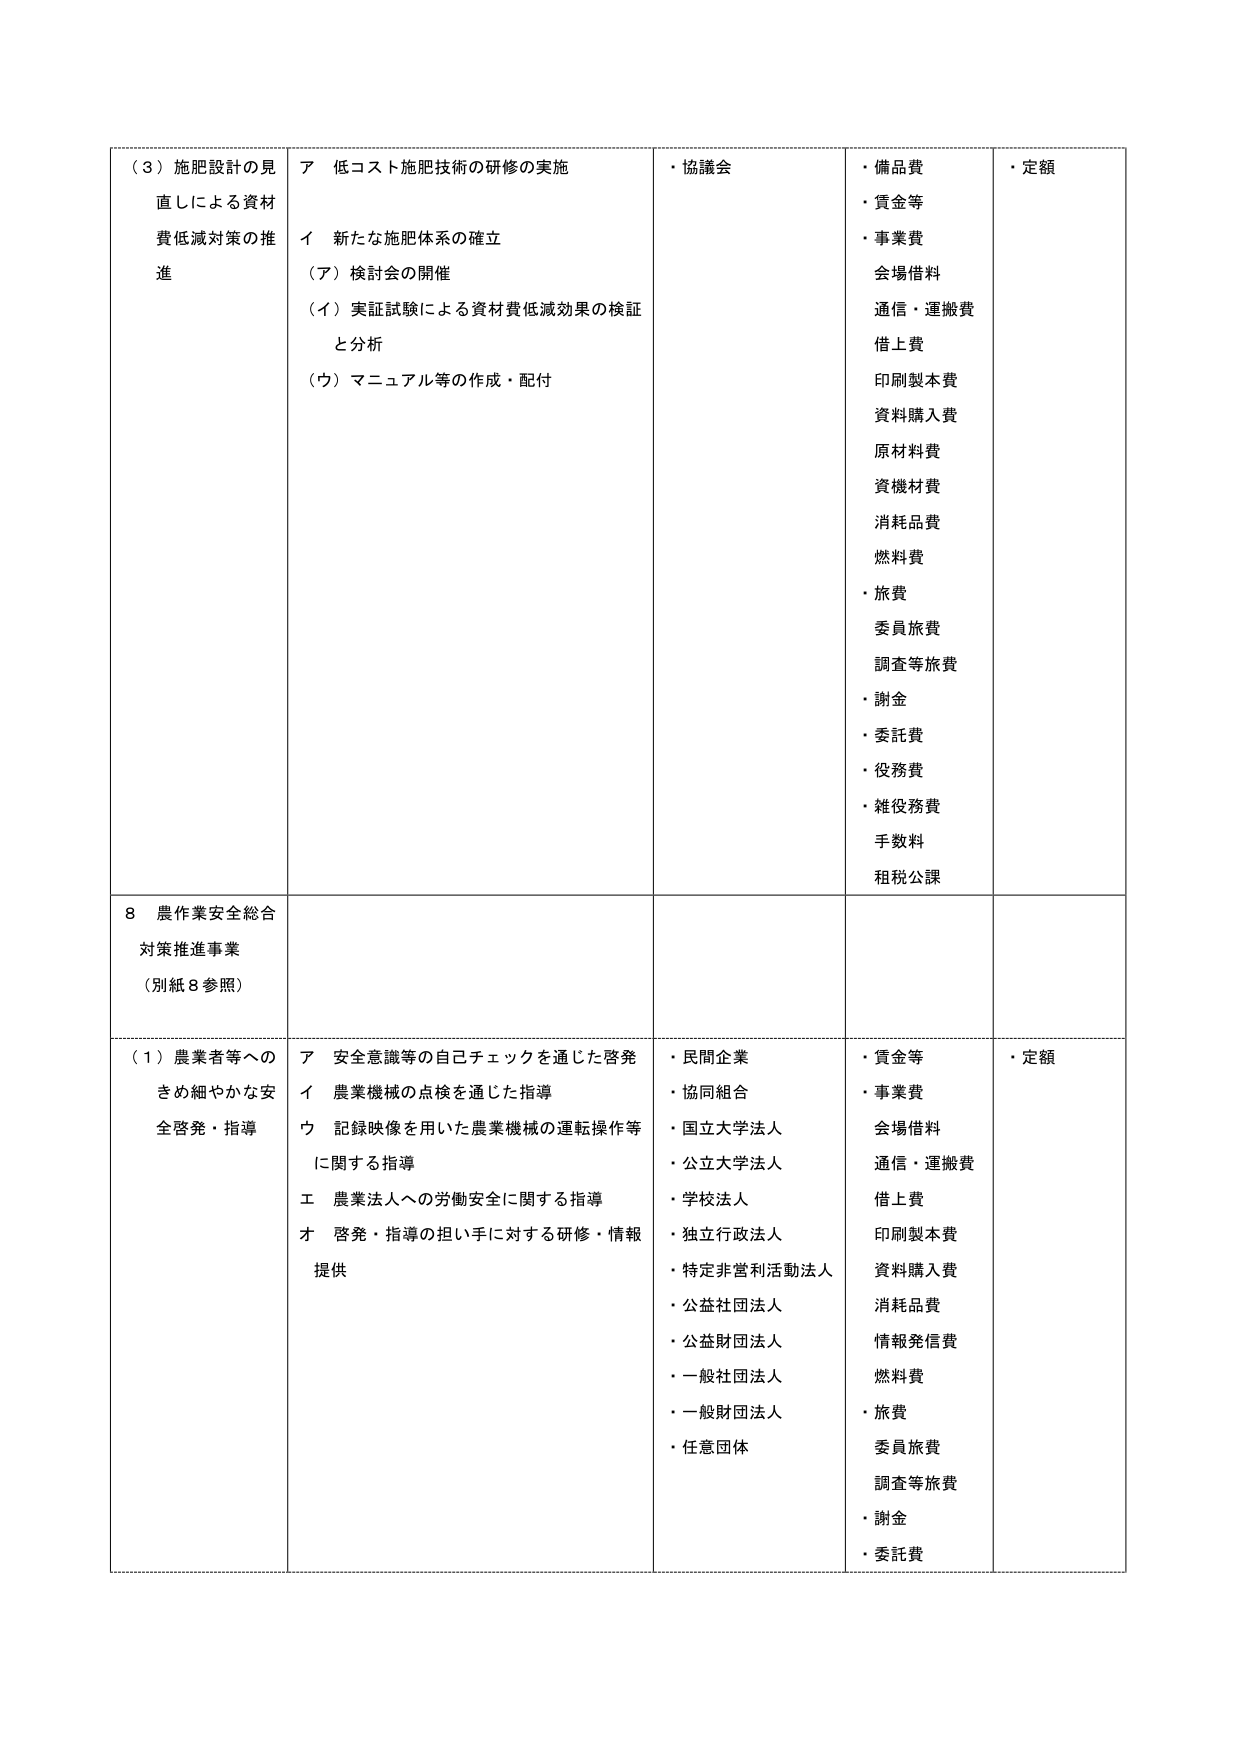
（３）施肥設計の見直しによる資材費低減対策の推進
ア 低コスト施肥技術の研修の実施
イ 新たな施肥体系の確立
（ア）検討会の開催
（イ）実証試験による資材費低減効果の検証と分析
（ウ）マニュアル等の作成・配付
・協議会
・備品費
・賃金等
・事業費
会場借料
通信・運搬費
借上費
印刷製本費
資料購入費
原材料費
資機材費
消耗品費
燃料費
・旅費
委員旅費
調査等旅費
・謝金
・委託費
・役務費
・雑役務費
手数料
租税公課
・定額

８ 農作業安全総合対策推進事業
（別紙８参照）

（１）農業者等へのきめ細やかな安全啓発・指導
ア 安全意識等の自己チェックを通じた啓発
イ 農業機械の点検を通じた指導
ウ 記録映像を用いた農業機械の運転操作等に関する指導
エ 農業法人への労働安全に関する指導
オ 啓発・指導の担い手に対する研修・情報提供
・民間企業
・協同組合
・国立大学法人
・公立大学法人
・学校法人
・独立行政法人
・特定非営利活動法人
・公益社団法人
・公益財団法人
・一般社団法人
・一般財団法人
・任意団体
・賃金等
・事業費
会場借料
通信・運搬費
借上費
印刷製本費
資料購入費
消耗品費
情報発信費
燃料費
・旅費
委員旅費
調査等旅費
・謝金
・委託費
・定額